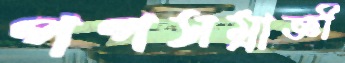
পপসম্রাজ্ঞী